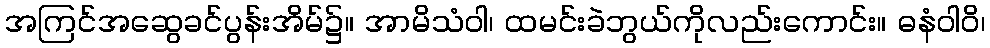
အကြင်အဆွေခင်ပွန်းအိမ်၌။ အာမိသံဝါ၊ ထမင်းခဲဘွယ်ကိုလည်းကောင်း။ ဓနံဝါဝိ၊